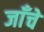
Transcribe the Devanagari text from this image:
जाँचे